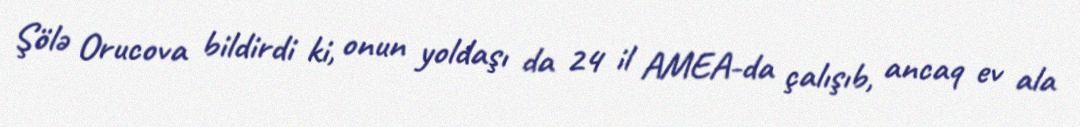
Şölə Orucova bildirdi ki, onun yoldaşı da 24 il AMEA-da çalışıb, ancaq ev ala